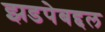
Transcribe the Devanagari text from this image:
झडपेबद्दल